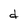
Character: d